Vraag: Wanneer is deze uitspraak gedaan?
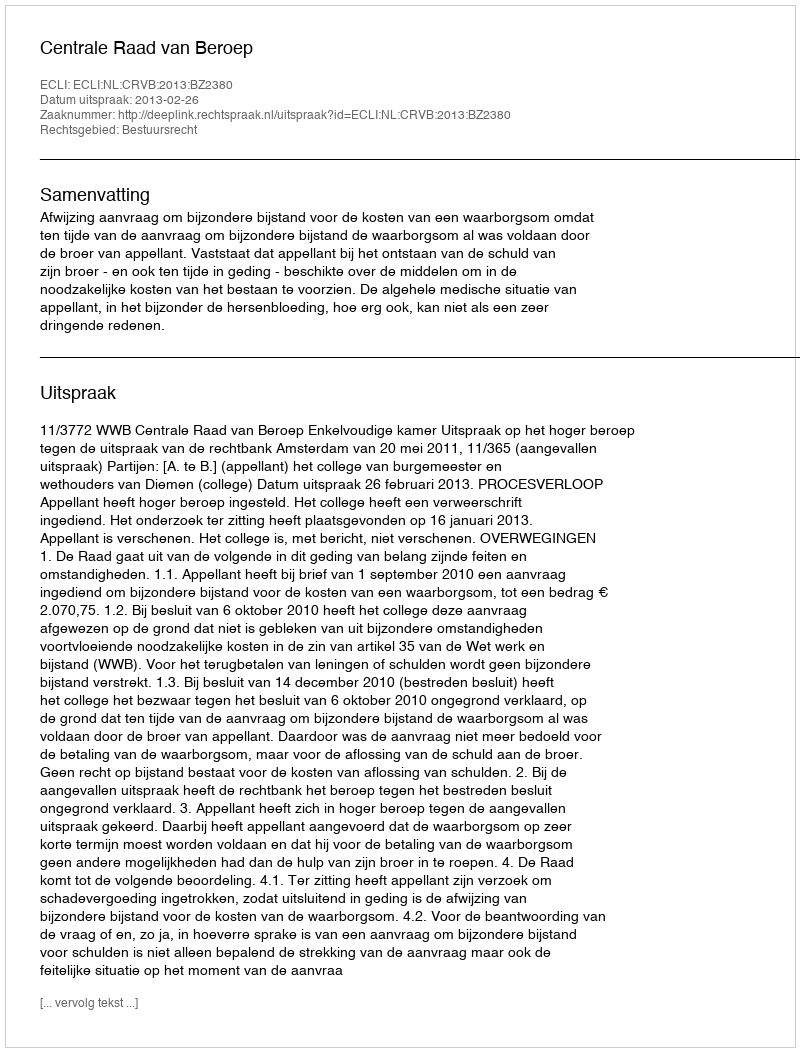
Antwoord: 2013-02-26